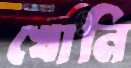
খোনি